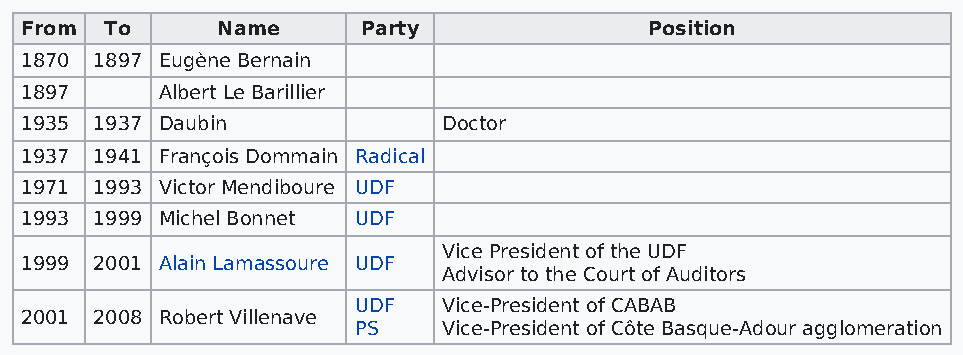
From  To     Name      Party              Position
 1870 1897 Eugène Bernain
 1897     Albert Le Barillier
 1935 1937 Daubin            Doctor
 1937 1941 François Dommain Radical
 1971 1993 Victor Mendiboure UDF
 1993 1999 Michel Bonnet UDF
 Vice President of the UDF
 1999 2001 Alain Lamassoure UDF
 Advisor to the Court of Auditors
 UDF   Vice-President of CABAB
 2001 2008 Robert Villenave
 PS    Vice-President of Côte Basque-Adour agglomeration